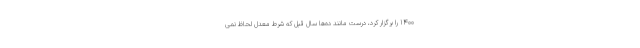
1400 را برگزار کرد، درست مانند ده‌ها سال قبل که شرط معدل لحاظ نمی